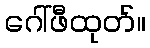
ဂေါ်ဖီထုတ်။